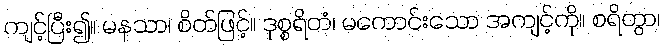
ကျင့်ပြီး၍။ မနသာ၊ စိတ်ဖြင့်။ ဒုစ္စရိတံ၊ မကောင်းသော အကျင့်ကို။ စရိတွာ၊